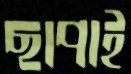
ছাপাই